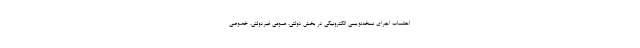
احتساب اجرای نسخه‌نویسی الکترونیکی در بخش دولتی، عمومی غیردولتی، خصوصی